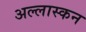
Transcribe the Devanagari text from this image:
अल्लास्कन